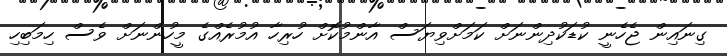
ގިނައިން ޖެހެނީ ކުޑަކުދިންނަށް ކަމަށްވިޔަސް އާންމުކޮށް ހުރިހާ އުމުރެއްގެ މީހުންނަށް ވެސް ހިމަބިހި